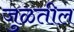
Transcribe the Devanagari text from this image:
जुळतील